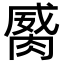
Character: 𦞏